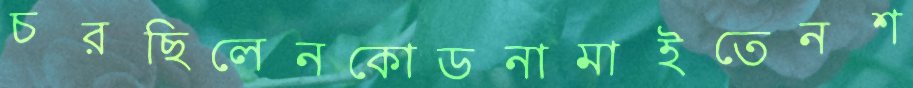
চরছিলেনকোডনামাইতেনশ